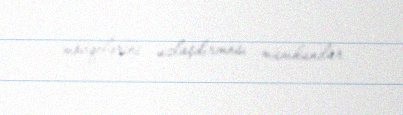
mövqelərini uzlaşdırması mümkündür.